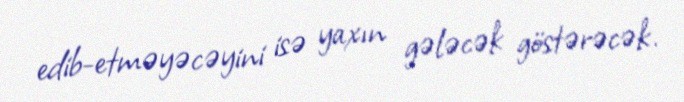
edib-etməyəcəyini isə yaxın gələcək göstərəcək.